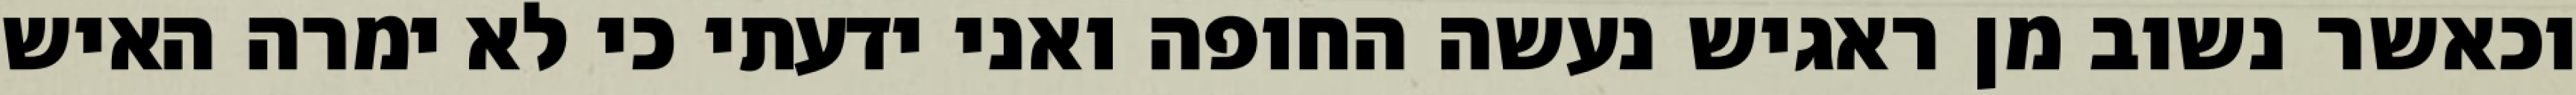
וכאשר נשוב מן ראגיש נעשה החופה ואני ידעתי כי לא ימרה האיש